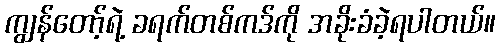
ကျွန်တော့်ရဲ့ ခရက်တစ်ကဒ်ကို အခိုးခံခဲ့ရပါတယ်။